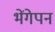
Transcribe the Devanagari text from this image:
भेंगेपन